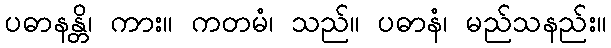
ပဓာနန္တိ၊ ကား။ ကတမံ၊ သည်။ ပဓာနံ၊ မည်သနည်း။